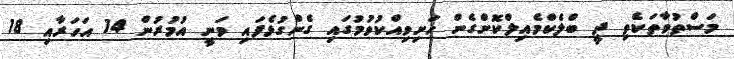
މަސްތުވާތަކެތި ދީ ބްލެކްމެއިލްކޮށްގެން ހަށިވިއްކުވުމުގައި ގެންގުޅެފައި ވަނީ އުމުރުން 14 އަހަރާއި 18